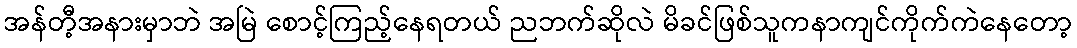
အန်တီ့အနားမှာဘဲ အမြဲ စောင့်ကြည့်နေရတယ် ညဘက်ဆိုလဲ မိခင်ဖြစ်သူကနာကျင်ကိုက်ကဲနေတော့